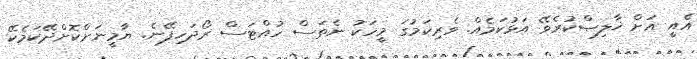
އެއީ އަށް ޚާލިޞްކުރެވޭ އަޅުކަމެއް. ވެރިކަމުގަ މީހަކު ނެތަސް ހުއްޓަސް ރޯދަހިފޭނެ. ޔާމީނަށްކޮށްދޭކަމެކޭ